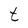
Character: t